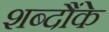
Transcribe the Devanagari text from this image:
शब्दौंके